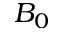
B _ { 0 }